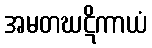
အမတဃဋိကာယံ